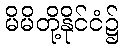
မိမိတို့နိုင်ငံ၌